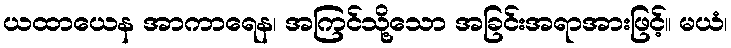
ယထာယေန အာကာရေန၊ အကြင်သို့သော အခြင်းအရာအားဖြင့်။ မယံ၊